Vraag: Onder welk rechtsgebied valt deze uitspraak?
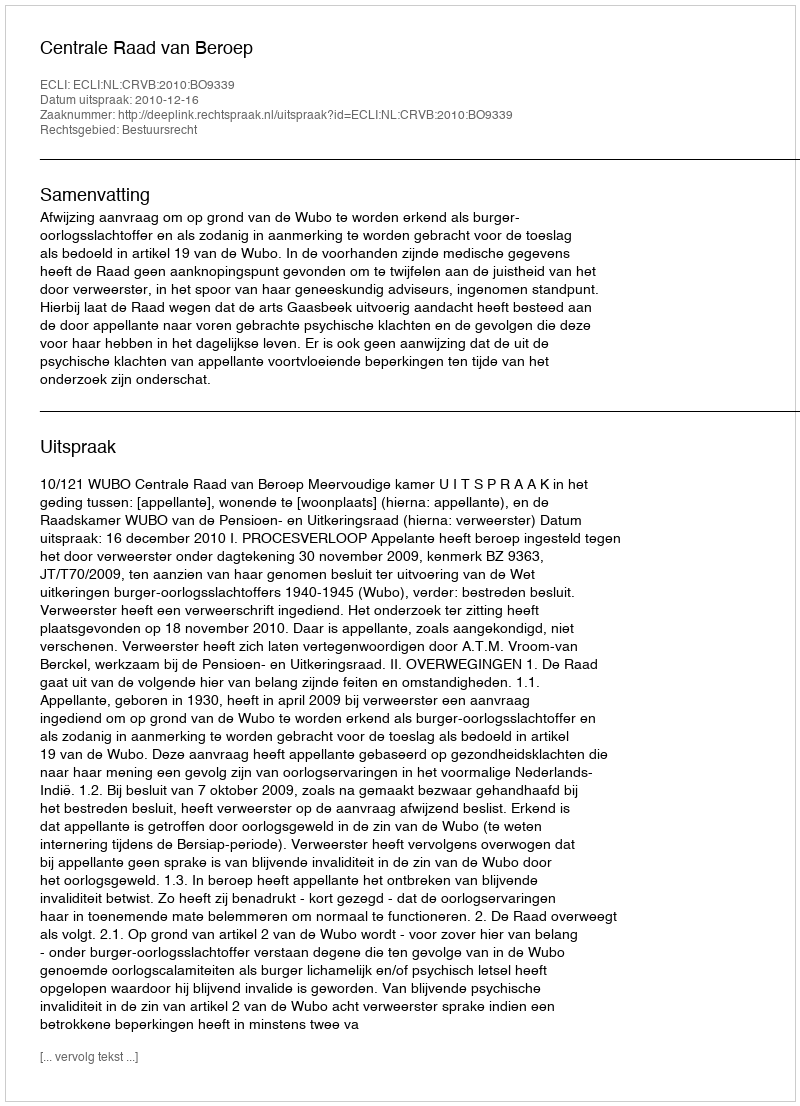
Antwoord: Bestuursrecht